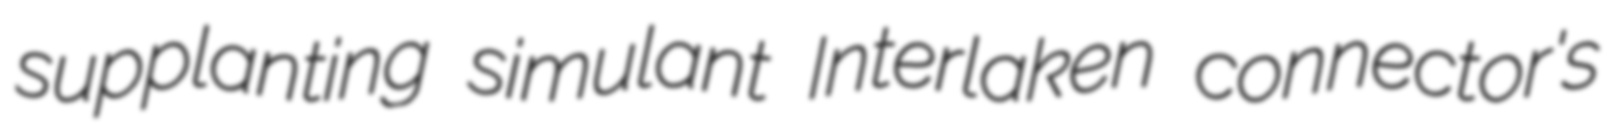
supplanting simulant Interlaken connector's